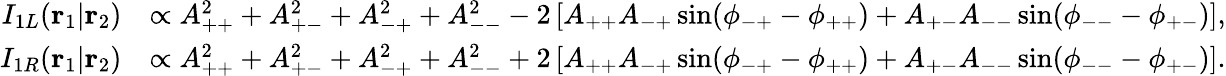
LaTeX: \begin{array}{rl}{I_{1L}(\mathbf{r}_{1}|\mathbf{r}_{2})}&{\propto A_{++}^{2}+A_{+-}^{2}+A_{-+}^{2}+A_{--}^{2}-2\left[A_{++}A_{-+}\sin(\phi_{-+}-\phi_{++})+A_{+-}A_{--}\sin(\phi_{--}-\phi_{+-})\right],}\\ {I_{1R}(\mathbf{r}_{1}|\mathbf{r}_{2})}&{\propto A_{++}^{2}+A_{+-}^{2}+A_{-+}^{2}+A_{--}^{2}+2\left[A_{++}A_{-+}\sin(\phi_{-+}-\phi_{++})+A_{+-}A_{--}\sin(\phi_{--}-\phi_{+-})\right].}\end{array}